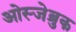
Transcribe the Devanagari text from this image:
ओस्जेब्रुक